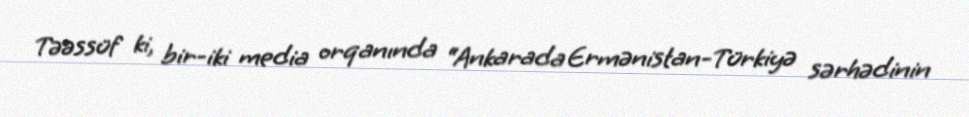
Təəssüf ki, bir-iki media orqanında “Ankarada Ermənistan-Türkiyə sərhədinin